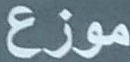
موزع